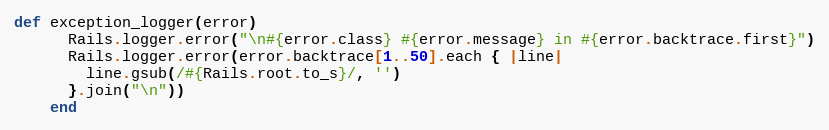
Language: Ruby
def exception_logger(error)
      Rails.logger.error("\n#{error.class} #{error.message} in #{error.backtrace.first}")
      Rails.logger.error(error.backtrace[1..50].each { |line|
        line.gsub(/#{Rails.root.to_s}/, '')
      }.join("\n"))
    end